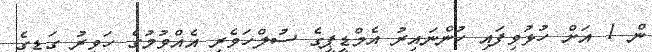
ން 1 އަށް ހުޅުވިފައި ހުންނައިރު އެމްޑީޕީގެ ސުލްހަވެރި އެއްވުމުގެ ހަވީރު ގަޑީގެ